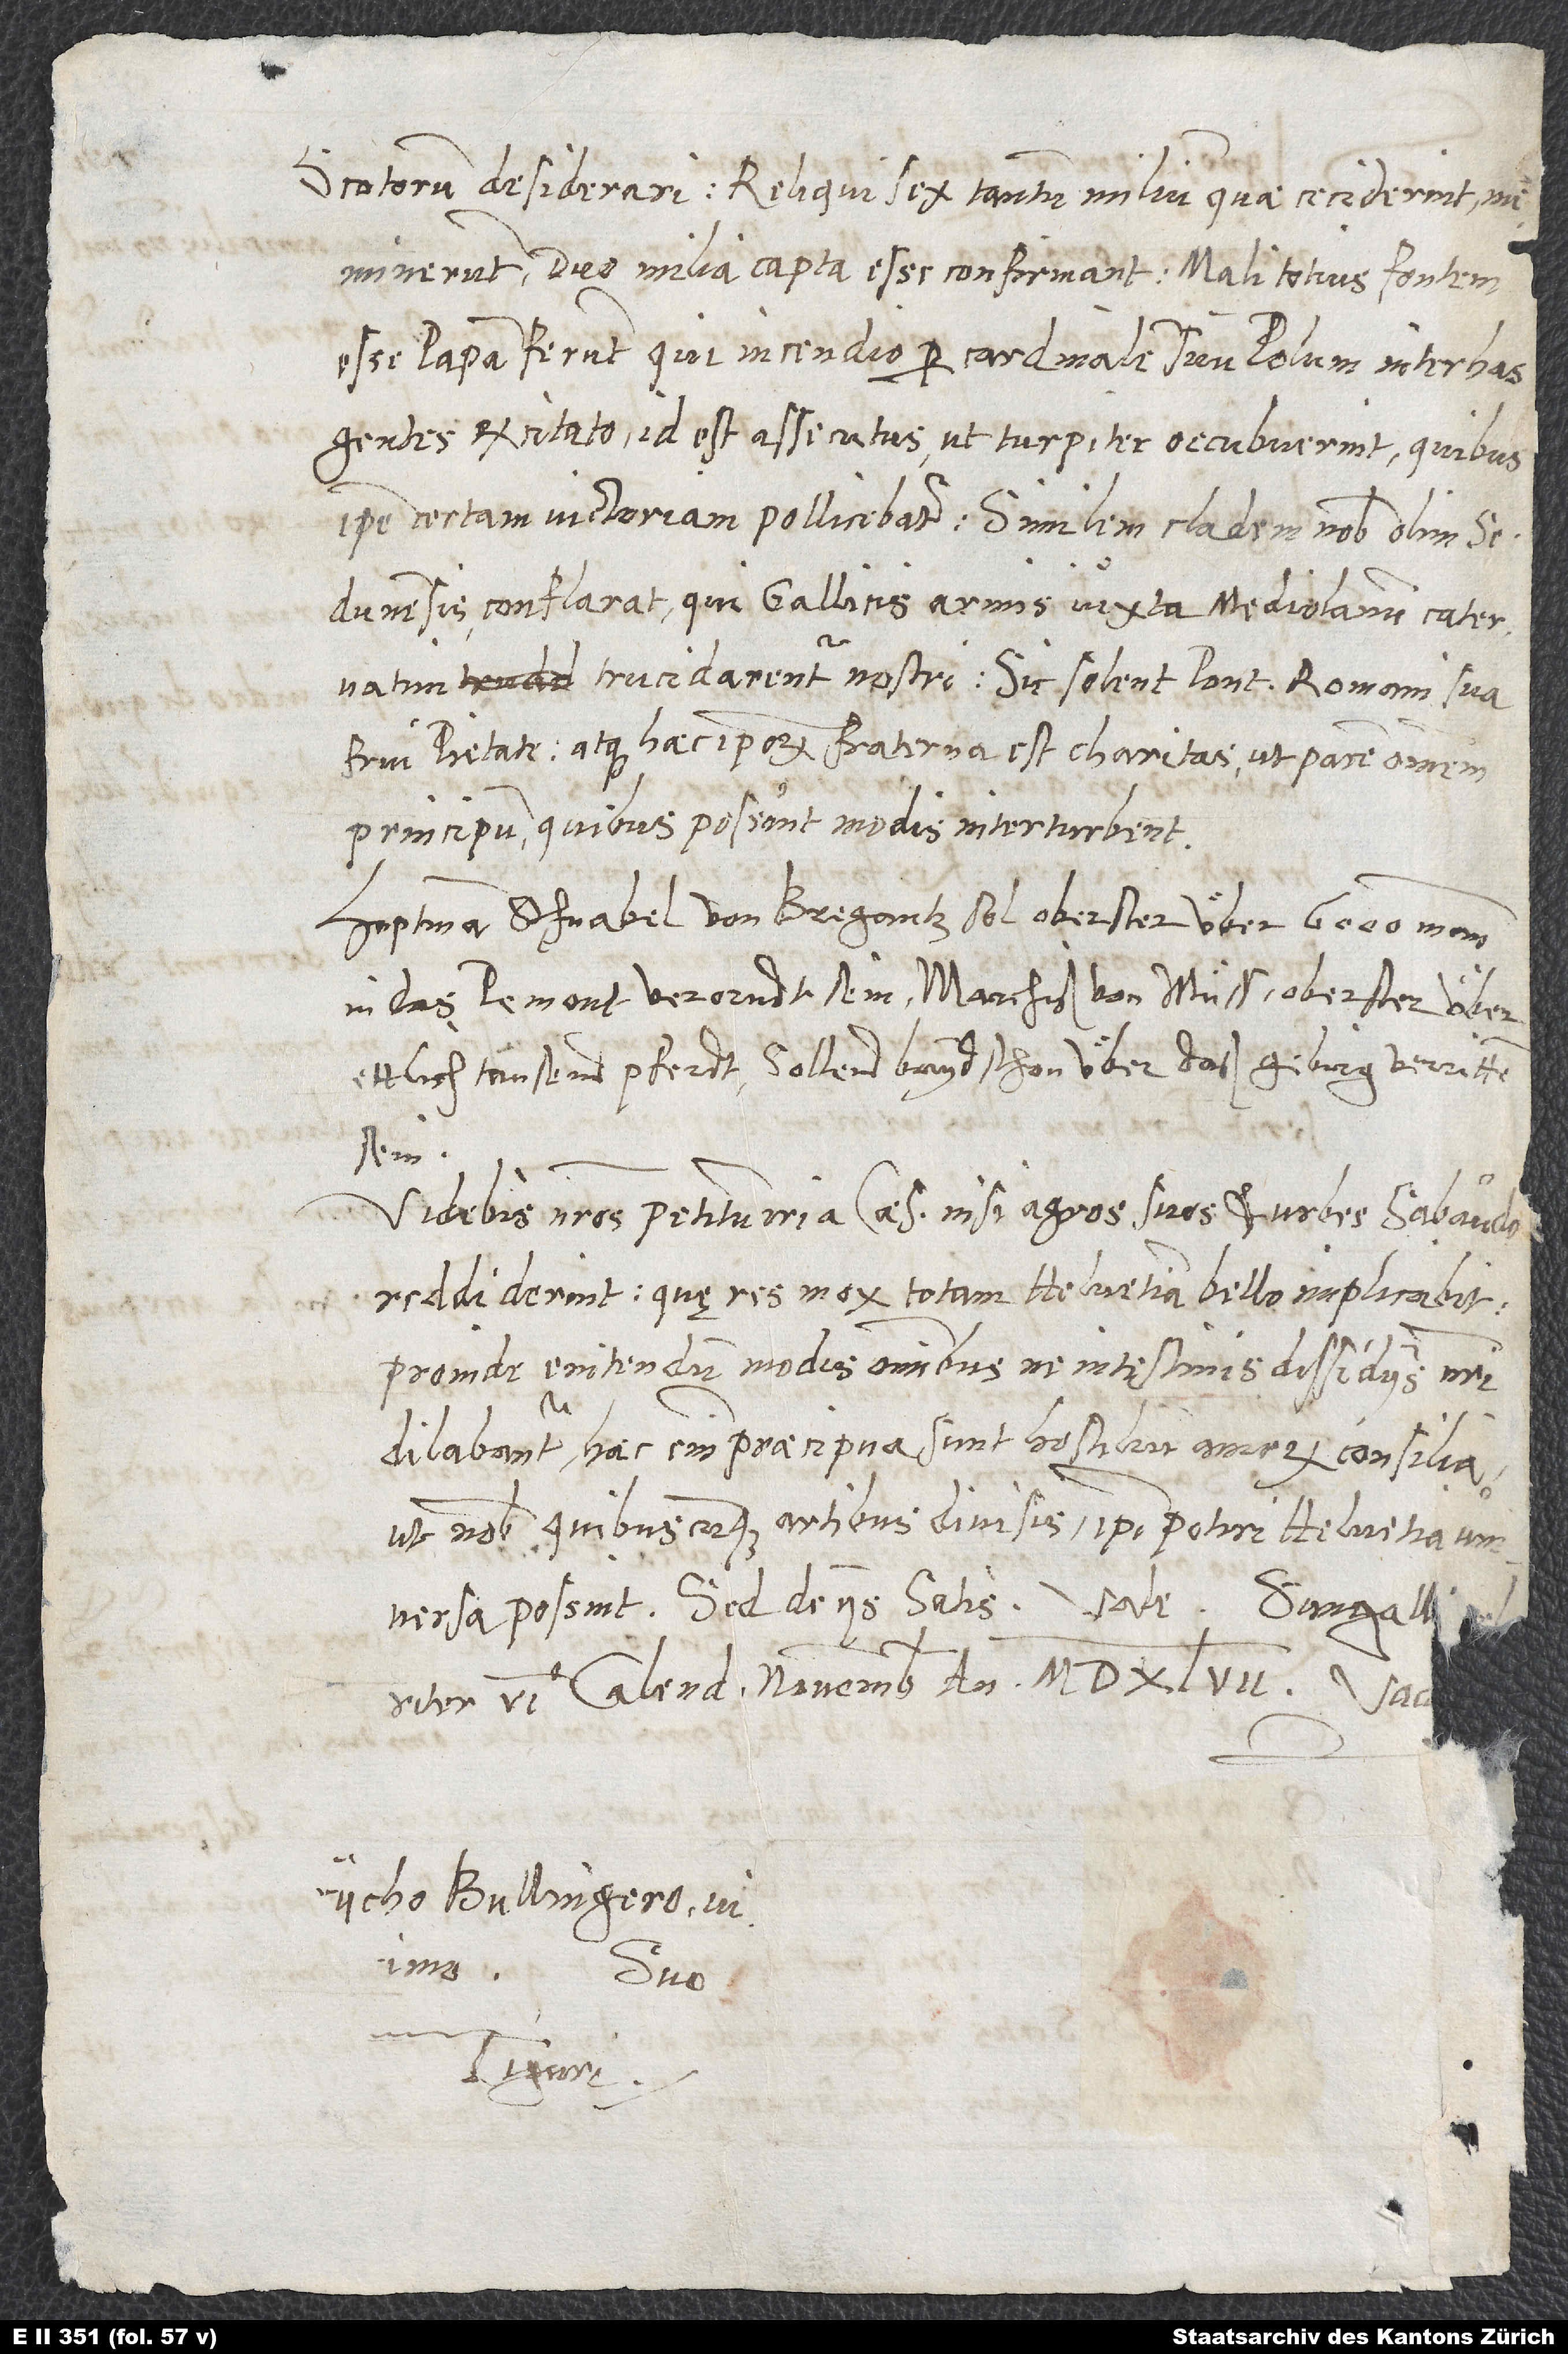
Scotorum desiderari. Reliqui sex tantum milium quae ceciderint,
meminerunt. Duo milia capta esse confirmant. Mali totius fontem
esse papam ferunt, qui incendio per cardinalem suum Polum inter has
excitato id est assecutus, ut turpiter occubuerint; quibus
ipse certam victoriam pollicebatur. Similem cladem nobis olim
Sedunensis conflarat, qui Gallicis armis iuxta Mediolanum catervatim
trucidarentur nostri. Sic solent pontifices Romani sua
frui pietate atque haec ipsorum fraterna est charitas, ut pacem omnem
principum, quibus possint modis, interturbent!
Hoptman Schnabel von Bregantz sol oberster über 6'000 mann
in das Pemont verorndt sein, marchiß von Müß oberster über
ettlich tausend pferdt. Sollend bayd schon über daß gebirg verritten
sein.
Videbis nostros petitum iri a caesare, nisi agros suos et urbes Sabaudo
reddiderint, quę res mox totam Helvetiam bello implicabit.
Proinde enitendum modis omnibus, ne intestinis dissidiis nostri
S.
dilabantur. Haec enim praecipua sunt hostilium animorum consilia,
ut nobis quibuscumque artibus divisis ipsi potiri Helvetia
universa possint. Sed de iis satis. celriter,
6. calendas novembris anno 1547.
suo.
Tiguri.